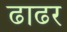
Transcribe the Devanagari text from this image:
ढाढर